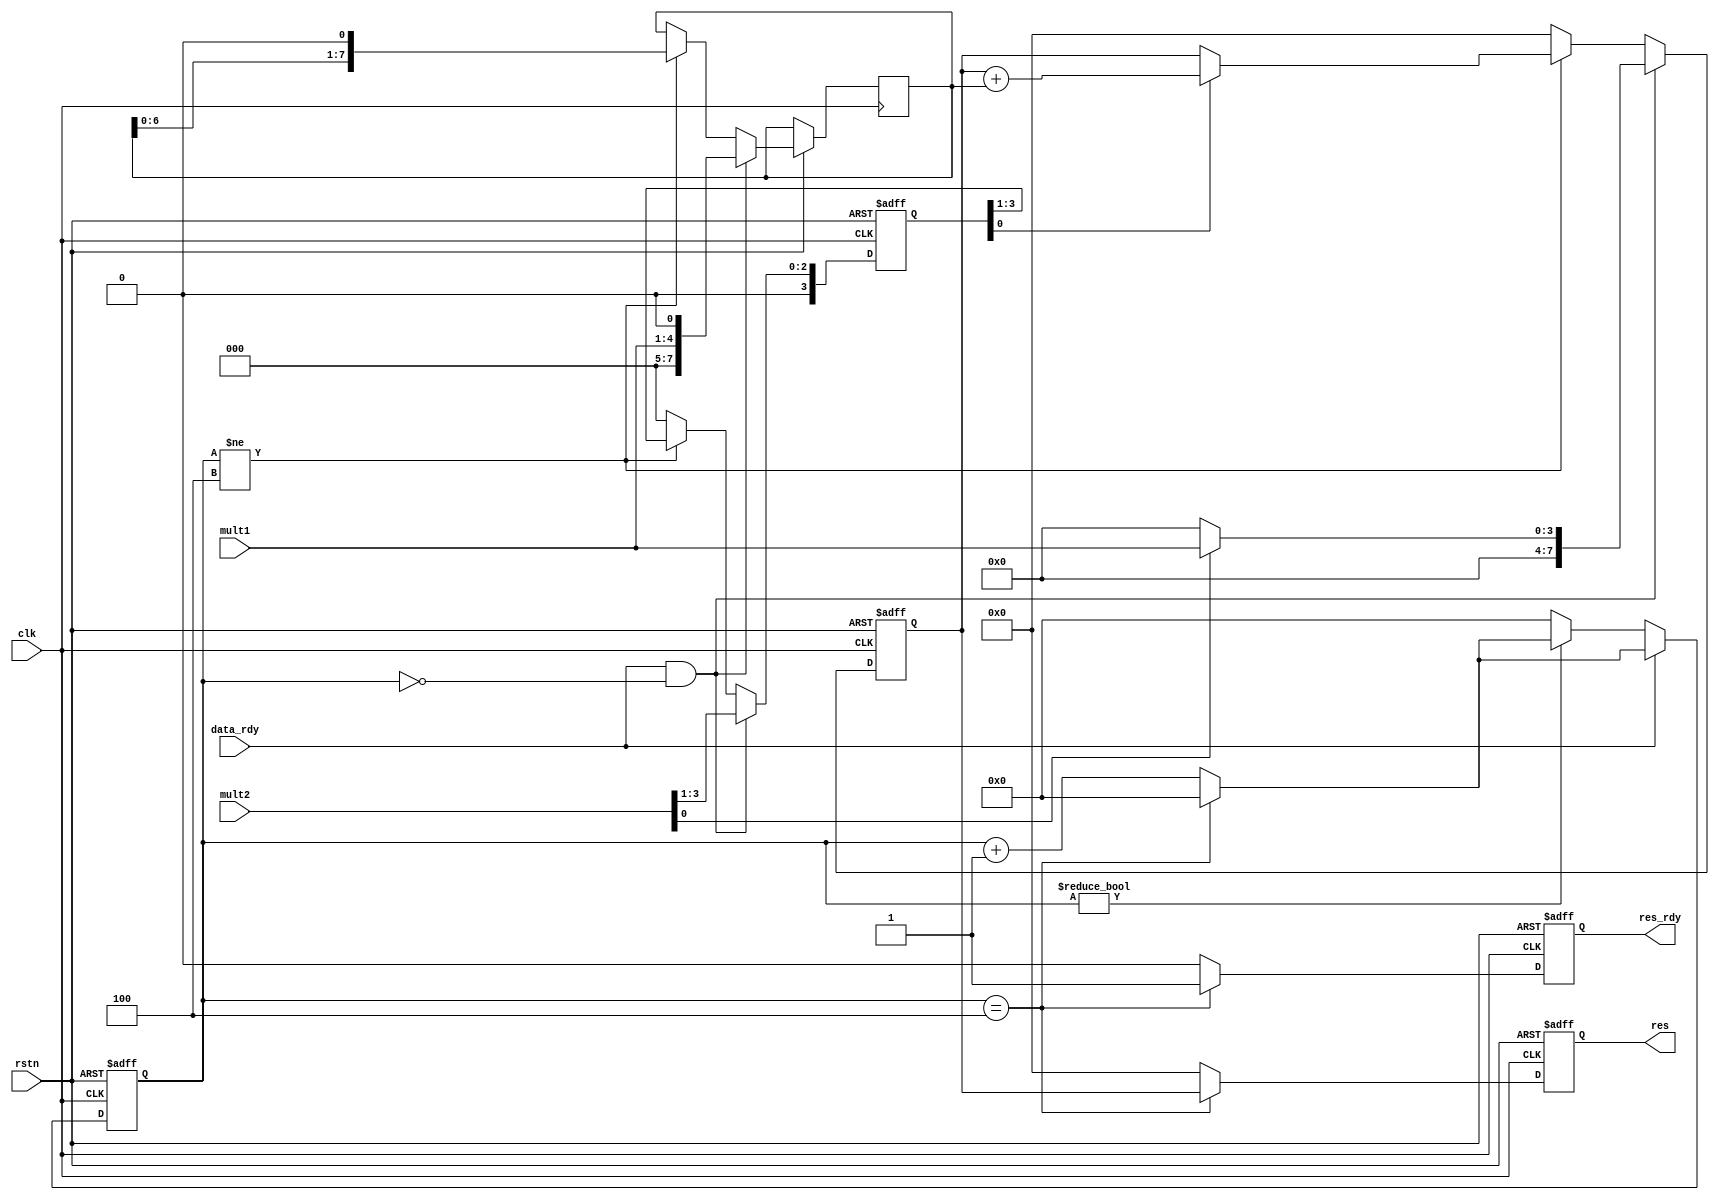
module    mult_low
  #(parameter N=4,
    parameter M=4)
   (
      input                     clk,
      input                     rstn,

      input                     data_rdy ,
      input [N-1:0]             mult1,
      input [M-1:0]             mult2,

      output                    res_rdy ,
      output [N+M-1:0]          res
    );

   //calculate counter
   reg [31:0]           cnt ;
   wire [31:0]          cnt_temp = (cnt == M)? 'b0 : cnt + 1'b1 ;
   always @(posedge clk or negedge rstn) begin
      if (!rstn) begin
         cnt    <= 'b0 ;
      end
      else if (data_rdy) begin
         cnt    <= cnt_temp ;
      end
      else if (cnt != 0 ) begin
         cnt    <= cnt_temp ;
      end
      else begin
         cnt    <= 'b0 ;
      end
   end

   //multiply
   reg [M-1:0]          mult2_shift ;
   reg [M+N-1:0]        mult1_shift ;
   reg [M+N-1:0]        mult1_acc ;
   always @(posedge clk or negedge rstn) begin
      if (!rstn) begin
         mult2_shift    <= 'b0 ;
         mult2_shift    <= 'b0 ;
         mult1_acc      <= 'b0 ;
      end
      else if (data_rdy && cnt=='b0)begin
         mult1_shift    <= {{(N){1'b0}}, mult1} << 1 ;
         mult2_shift    <= mult2 >> 1 ;
         mult1_acc      <= mult2[0] ? {{(N){1'b0}}, mult1} : 'b0 ;
      end
      else if (cnt != M) begin
         mult1_shift    <= mult1_shift << 1 ;
         mult2_shift    <= mult2_shift >> 1 ;
         mult1_acc      <= mult2_shift[0] ? mult1_acc + mult1_shift : mult1_acc ;
      end
      else begin
         mult2_shift    <= 'b0 ;
         mult2_shift    <= 'b0 ;
         mult1_acc      <= 'b0 ;
      end
   end

   //results
   reg [M+N-1:0]        res_r ;
   reg                  res_rdy_r ;
   always @(posedge clk or negedge rstn) begin
      if (!rstn) begin
         res_r          <= 'b0 ;
         res_rdy_r      <= 'b0 ;
      end
      else if (cnt == M) begin
         res_r          <= mult1_acc ;
         res_rdy_r      <= 1'b1 ;
      end
      else begin
         res_r          <= 'b0 ;
         res_rdy_r      <= 'b0 ;
      end
   end

   assign res_rdy       = res_rdy_r;
   assign res           = res_r;

endmodule